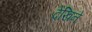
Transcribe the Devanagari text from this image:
देखिने